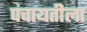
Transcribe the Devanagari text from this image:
पंचायतीला